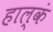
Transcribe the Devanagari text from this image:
हाल्कं